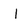
Character: l